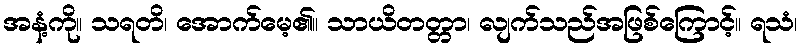
အနံ့ကို။ သရတိ၊ အောက်မေ့၏။ သာယိတတ္တာ၊ လျက်သည်အဖြစ်ကြောင့်။ ရသံ၊